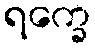
ရက္ခေ